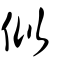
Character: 似